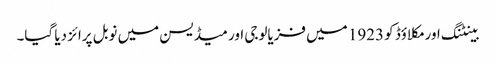
بینٹنگ اور مکلاؤڈ کو 1923 میں‌ فزیالوجی اور میڈیسن میں‌ نوبل پرائز دیا گیا۔